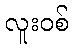
လူးဝစ်